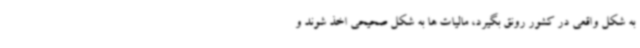
به شکل واقعی در کشور رونق بگیرد، مالیات ها به شکل صحیحی اخذ شوند و